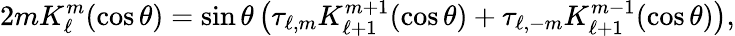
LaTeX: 2mK_{\ell}^{m}(\cos\theta)=\sin\theta\left(\tau_{\ell,m}K_{\ell+1}^{m+1}(\cos\theta)+\tau_{\ell,-m}K_{\ell+1}^{m-1}(\cos\theta)\right),